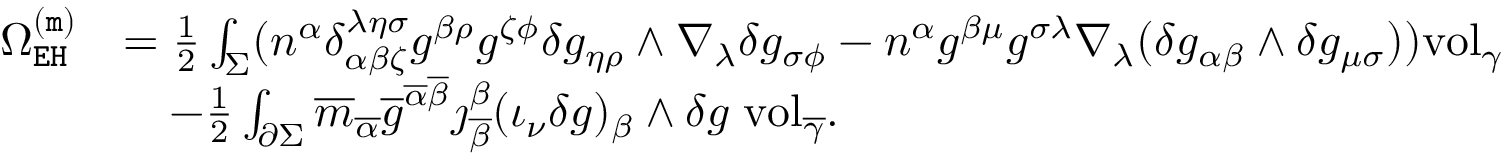
\begin{array} { r l } { \Omega _ { \mathtt { E H } } ^ { \mathtt { ( m ) } } } & { = \frac { 1 } { 2 } \int _ { \Sigma } ( n ^ { \alpha } \delta _ { \alpha \beta \zeta } ^ { \lambda \eta \sigma } g ^ { \beta \rho } g ^ { \zeta \phi } \delta g _ { \eta \rho } \wedge \nabla _ { \lambda } \delta g _ { \sigma \phi } - n ^ { \alpha } g ^ { \beta \mu } g ^ { \sigma \lambda } \nabla _ { \lambda } ( \delta g _ { \alpha \beta } \wedge \delta g _ { \mu \sigma } ) ) \mathrm { v o l } _ { \gamma } } \\ & { \quad - \frac { 1 } { 2 } \int _ { \partial \Sigma } \overline { { m } } _ { \overline { { \alpha } } } \overline { { g } } ^ { \overline { { \alpha } } \overline { { \beta } } } \jmath _ { \overline { { \beta } } } ^ { \beta } ( \iota _ { \nu } \delta g ) _ { \beta } \wedge \delta g \; \mathrm { v o l } _ { \overline { { \gamma } } } . } \end{array}